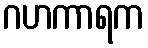
ဂဟကာရက